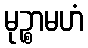
မုဉ္စာမဟံ